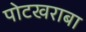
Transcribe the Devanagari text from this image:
पोटखराबा